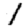
Digit: 1